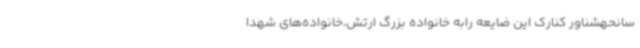
سانحهشناور کنارک این ضایعه رابه خانواده بزرگ ارتش،خانواده‌های شهدا